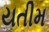
યતીમ